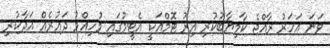
ވަނަ އަހަރު ރާއްޖެ ކާމިޔާބުކުރި އިރު ޓޮމްއަކީ އެޓީމުގައި މުހިއްމު ދައުރެއް އަދާކުރި